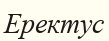
Еректус